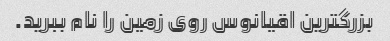
بزرگترین اقیانوس روی زمین را نام ببرید.